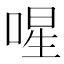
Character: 𭈻